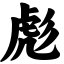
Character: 彪